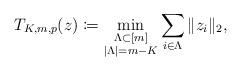
LaTeX: \begin{align*}T_{K,m,p}(z)\coloneqq\min_{\substack{\Lambda\subset[m]\\|\Lambda|=m-K}}\sum_{i\in\Lambda}\|z_i\|_2,\end{align*}